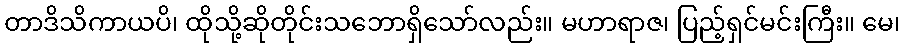
တာဒိသိကာယပိ၊ ထိုသို့ဆိုတိုင်းသဘောရှိသော်လည်း။ မဟာရာဇ၊ ပြည့်ရှင်မင်းကြီး။ မေ၊